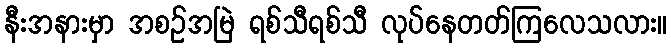
နီးအနားမှာ အစဉ်အမြဲ ရစ်သီရစ်သီ လုပ်နေတတ်ကြလေသလား။